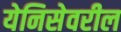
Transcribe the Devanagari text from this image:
येनिसेवरील